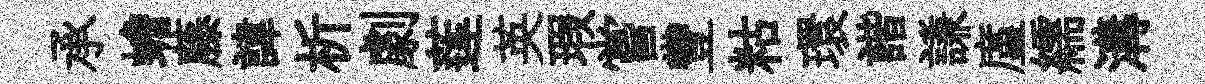
承蟾藤諱析劇莲英瑕嘗豐䊀環諧謙廑繻溝